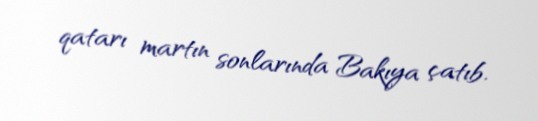
qatarı martın sonlarında Bakıya çatıb.